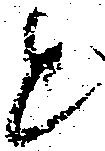
と